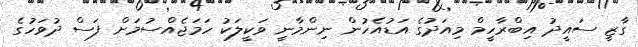
ގާޒީ ސައީދު އިބްރާހީމް މިއަދުގެ އަޑުއެހުން ނިންމާނީ ވަކީލަކު ހަމަޖެއްސުމަށް ފަސް ދުވަހުގެ